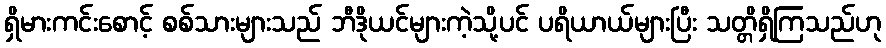
ရှိမားကင်းစောင့် စစ်သားများသည် ဘီဒိုယင်များကဲ့သို့ပင် ပရိယာယ်များပြီး သတ္တိရှိကြသည်ဟု